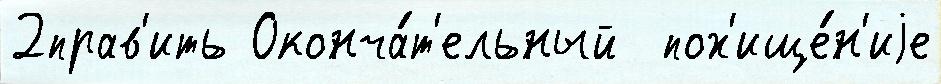
2прав'ить Оконча́т'ельный  пох'ище́н'иjе